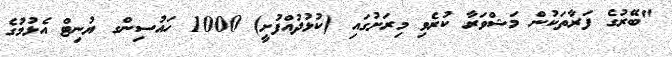
"ބޭރުގެ ފަރާތަކުން މަޝްވަރާ ކުރެވި މިރަށުގައި (ކުޅުދުއްފުށީ) 1000 ހައުސިންގ ޔުނިޓް އެޅުމުގެ